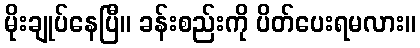
မိုးချုပ်နေပြီ။ ခန်းစည်းကို ပိတ်ပေးရမလား။